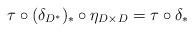
LaTeX: \begin{align*}\tau \mathbin{\circ} (\delta_{D^\ast})_\ast \mathbin{\circ} \eta_{D\times D} = \tau \mathbin{\circ} \delta_\ast \end{align*}